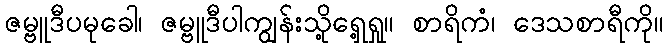
ဇမ္ဗူဒီပမုခေါ၊ ဇမ္ဗူဒီပါကျွန်းသို့ရှေ့ရှု။ စာရိကံ၊ ဒေသစာရီကို။